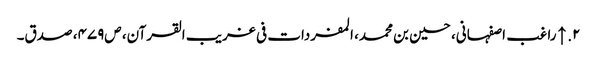
۲. ↑ راغب اصفہانی، حسین بن محمد، المفردات فی غریب القرآن، ص‌۴۷۹، صدق۔